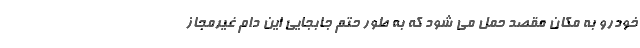
خودرو به مکان مقصد حمل می شود که به طور حتم جابجایی این دام غیرمجاز